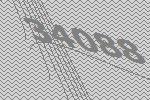
34088